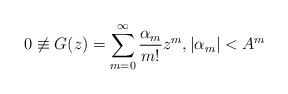
LaTeX: \begin{align*}0\not\equiv G(z)=\sum_{m=0}^\infty\frac{\alpha_m}{m!}z^m,|\alpha_m|<A^m\end{align*}